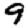
Digit: 9